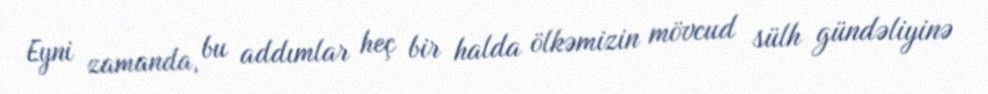
Eyni zamanda, bu addımlar heç bir halda ölkəmizin mövcud sülh gündəliyinə